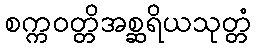
စက္ကဝတ္တိအစ္ဆရိယသုတ္တံ